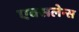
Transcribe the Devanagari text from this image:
एक्सलेन्स